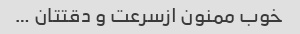
خوب ممنون ازسرعت و دقتتان …